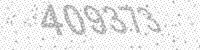
Solution: 409373